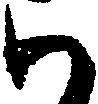
い